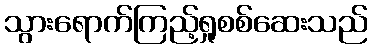
သွားရောက်ကြည့်ရှုစစ်ဆေးသည်